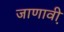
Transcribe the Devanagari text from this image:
जाणावी़